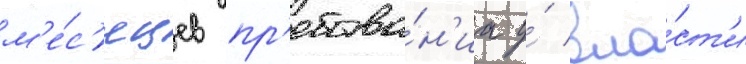
м'е́с'яцев пр'ебыва́н'иа у́ вла́ст'и